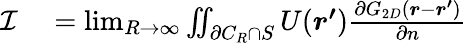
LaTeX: \begin{array}{rl}{\mathcal{I}}&{{}=\operatorname*{lim}_{R\to\infty}\iint_{\partial C_{R}\cap S}U(\boldsymbol{r^{\prime}})\frac{\partial G_{2D}(\boldsymbol{r}-\boldsymbol{r^{\prime}})}{\partial n}}\end{array}